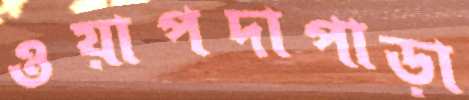
ওয়াপদাপাড়া